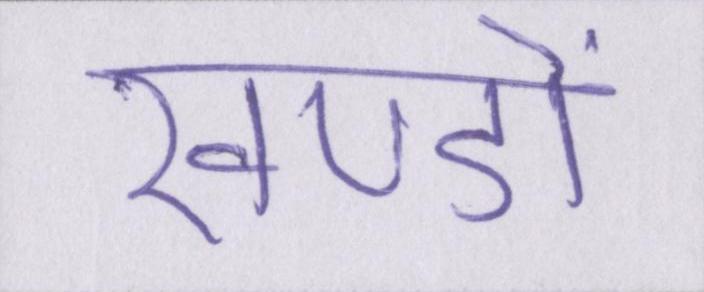
खण्डों